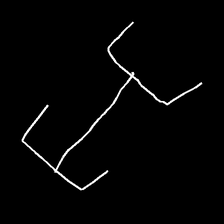
Glyph: entwine